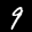
Label: 9